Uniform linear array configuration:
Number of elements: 64
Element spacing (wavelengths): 0.25
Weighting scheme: cosine
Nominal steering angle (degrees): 15
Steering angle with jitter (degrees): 14.871
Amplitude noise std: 0.05
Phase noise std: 0.05

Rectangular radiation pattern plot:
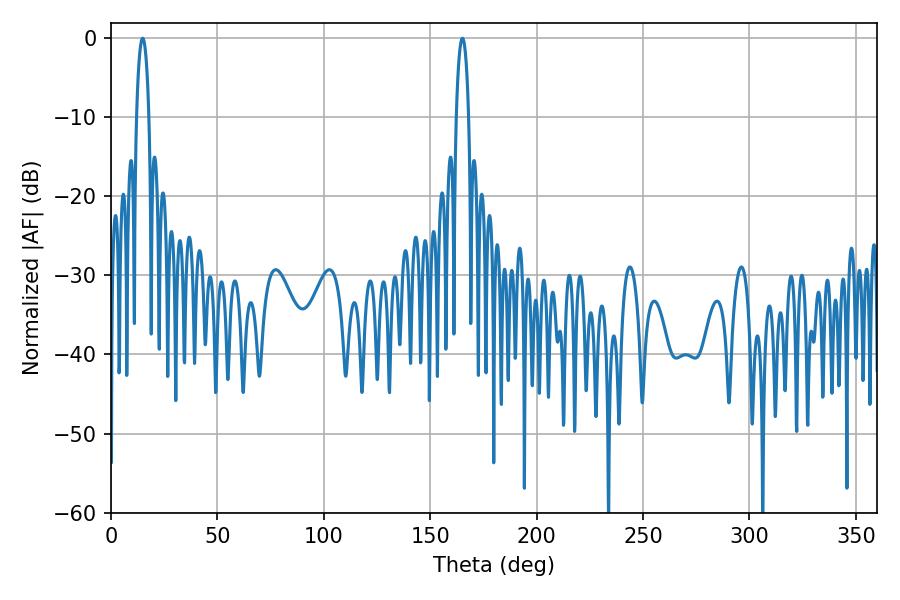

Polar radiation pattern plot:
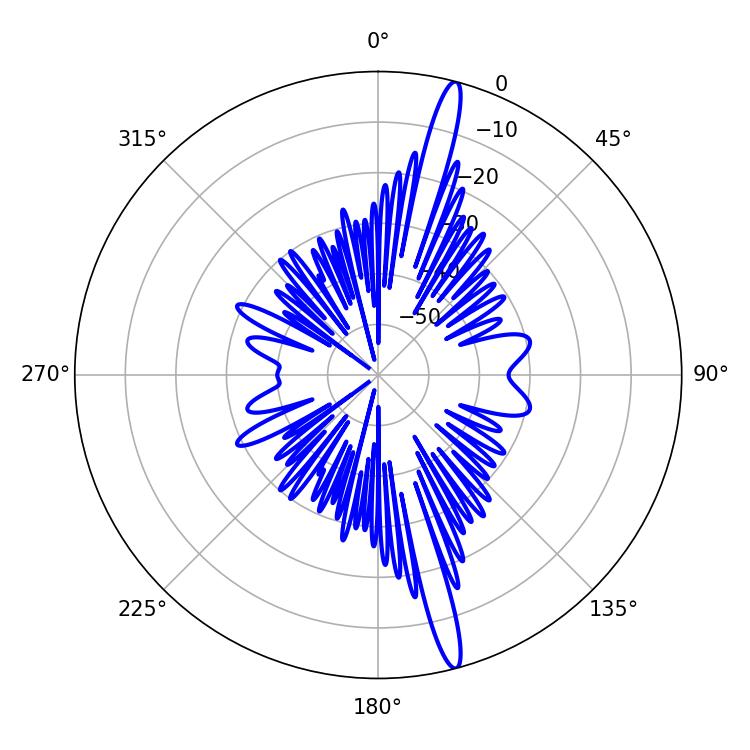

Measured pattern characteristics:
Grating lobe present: FALSE
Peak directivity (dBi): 17.748
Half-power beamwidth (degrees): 3.24
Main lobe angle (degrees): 165.06